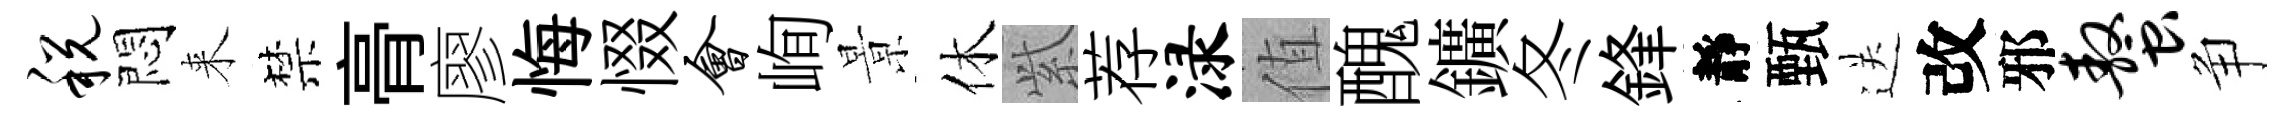
税悶来禁𮌔廖悔惙会峋㬌休𬗋荐渌值醜鑛冬鋒靜甄送改邪螯争